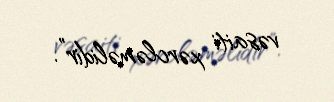
vəsaiti xərcləməlidir”.